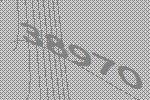
38970